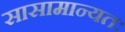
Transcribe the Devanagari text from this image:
सासामान्यतः